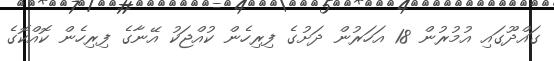
ގައްދޫގައި އުމުރުން 18 އަހަރުން ދަށުގެ ފިރިހެން ކުއްޖަކު އޭނާގެ ފިރިހެން ކޮއްކޮގެ